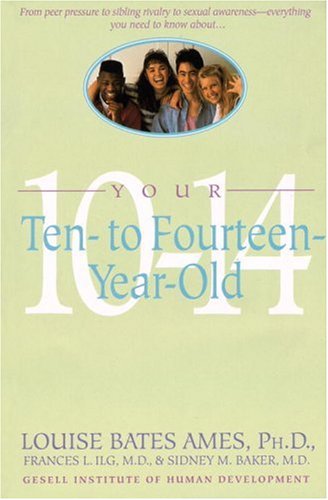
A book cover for Your Ten- to Fourteen-Year-Old; Louise Bates Ames; Parenting & Relationships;